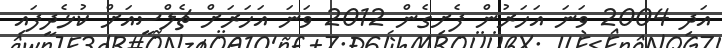
އަދި 2004 ވަނަ އަހަރުން ފެށިގެން 2012 ވަނަ އަހަރަށް ޗެލްސީއަށް ކުޅެދީފައި